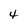
Character: 4